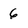
Character: 6